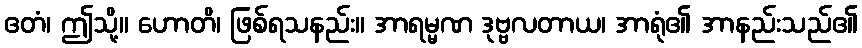
ဧတံ၊ ဤသို့။ ဟောတိ၊ ဖြစ်ရသနည်း။ အာရမ္မဏ ဒုဗ္ဗလတာယ၊ အာရုံ၏ အာနည်းသည်၏